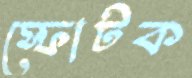
স্ফোটক